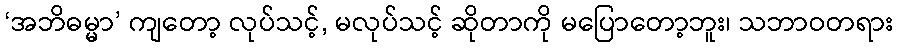
‘အဘိဓမ္မာ’ ကျတော့ လုပ်သင့်, မလုပ်သင့် ဆိုတာကို မပြောတော့ဘူး၊ သဘာဝတရား